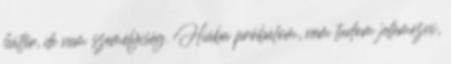
háttér, de nem személyiség. Hiába próbálom, nem tudom jellemezni,